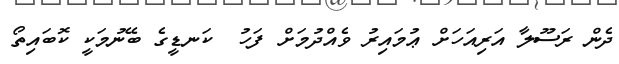
ދެން ރަސޫލާ އަރިއަހަށް ޢުމައިރު ވެއްދުމަށް ފަހު  ކަނޑީގެ ބޭނުމަކީ ކޮބައިތޯ